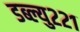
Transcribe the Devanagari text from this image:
डब्ल्यु२२१